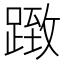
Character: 𨂤